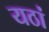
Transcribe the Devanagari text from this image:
यठां